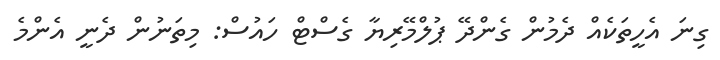
ގިނަ އެހީތަކެއް ދެމުން ގެންދޭ ޕުލްމޭރިޔާ ގެސްޓް ހައުސް: މިތަނުން ދެނީ އެންމެ